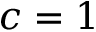
c = 1